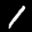
Label: 1